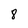
Character: 8